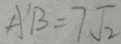
A B = 7 \sqrt { 2 }